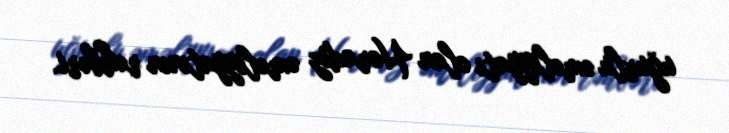
uğurlu əməliyyatı olan Horadiz əməliyyatının rəhbəri.